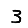
Digit: 3